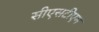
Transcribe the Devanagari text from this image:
सीएसटीएम